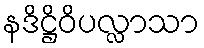
နဒိဋ္ဌိဝိပလ္လာသာ